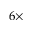
6 \times